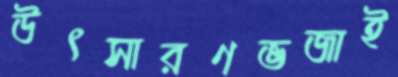
উৎসারণভজাই